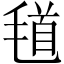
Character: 𣮹